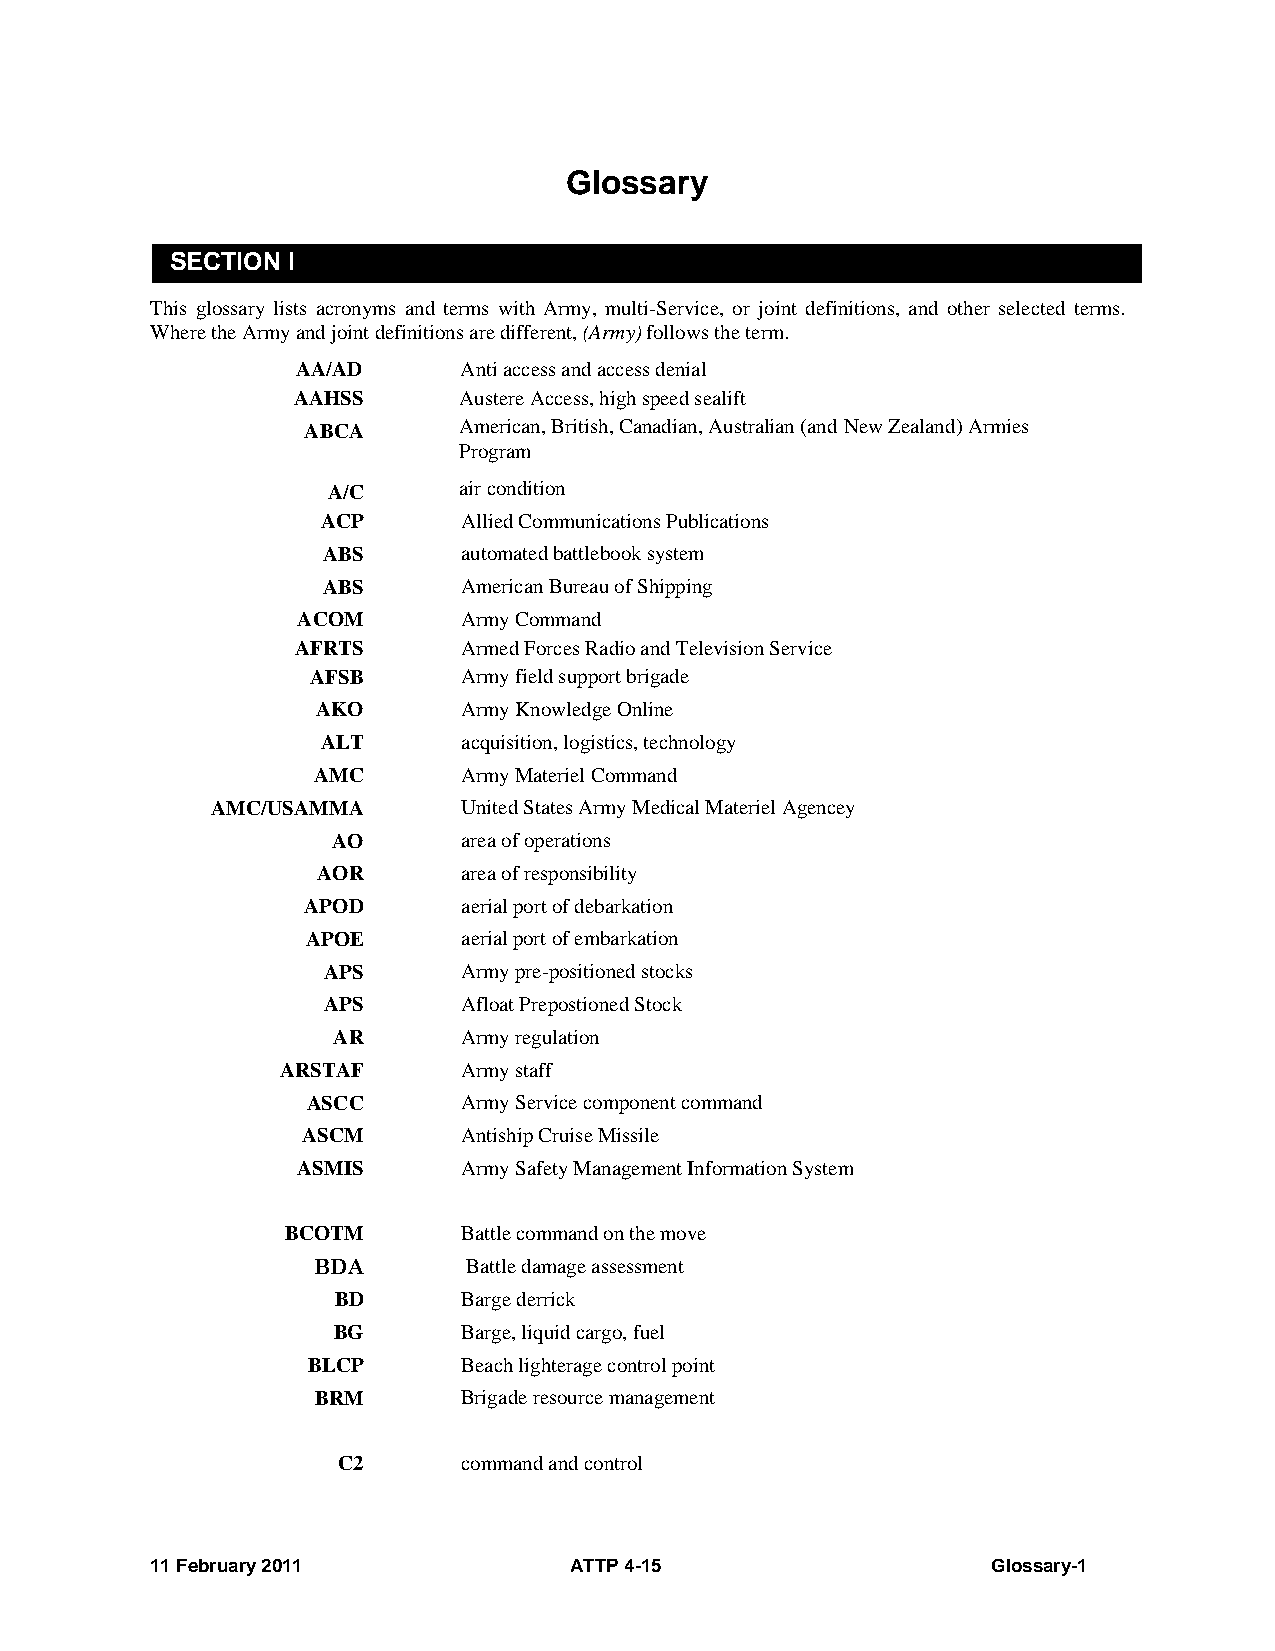
Glossary
 SECTION I
 This glossary lists acronyms and terms with Army, multi-Service, or joint definitions, and other selected terms.
 Where the Army and joint definitions are different, (Army) follows the term.
 AA/AD     Anti access and access denial
 AAHSS      Austere Access, high speed sealift
 ABCA      American, British, Canadian, Australian (and New Zealand) Armies
 Program
 A/C     air condition
 ACP       Allied Communications Publications
 ABS       automated battlebook system
 ABS       American Bureau of Shipping
 ACOM       Army Command
 AFRTS      Armed Forces Radio and Television Service
 AFSB      Army field support brigade
 AKO       Army Knowledge Online
 ALT       acquisition, logistics, technology
 AMC       Army Materiel Command
 AMC/USAMMA       United States Army Medical Materiel Agencey
 AO       area of operations
 AOR       area of responsibility
 APOD       aerial port of debarkation
 APOE       aerial port of embarkation
 APS       Army pre-positioned stocks
 APS       Afloat Prepostioned Stock
 AR       Army regulation
 ARSTAF      Army staff
 ASCC       Army Service component command
 ASCM       Antiship Cruise Missile
 ASMIS      Army Safety Management Information System
 BCOTM       Battle command on the move
 BDA       Battle damage assessment
 BD       Barge derrick
 BG       Barge, liquid cargo, fuel
 BLCP       Beach lighterage control point
 BRM       Brigade resource management
 C2       command and control
 11 February 2011            ATTP 4-15                   Glossary-1